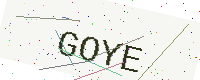
Text: GOYE